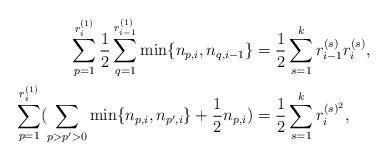
LaTeX: \begin{align*} \sum_{p=1}^{r^{(1)}_{i}}\frac{1}{2}\sum_{q=1}^{r^{(1)}_{i-1}}\mathrm{min}\{n_{p,i},n_{q,{i-1}}\}&=\frac{1}{2}\sum_{s=1}^{k}r^{(s)}_{i-1}r_{i}^{(s)},&\\\sum_{p=1}^{r_{i}^{(1)}} (\sum_{p>p'>0}\mathrm{min} \{ n_{p,i},n_{p',i}\}+\frac{1}{2}n_{p,i})&=\frac{1}{2} \sum_{s=1}^{k}r^{(s)^{2}}_{i}, & \end{align*}